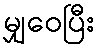
မျှဝေပြီး